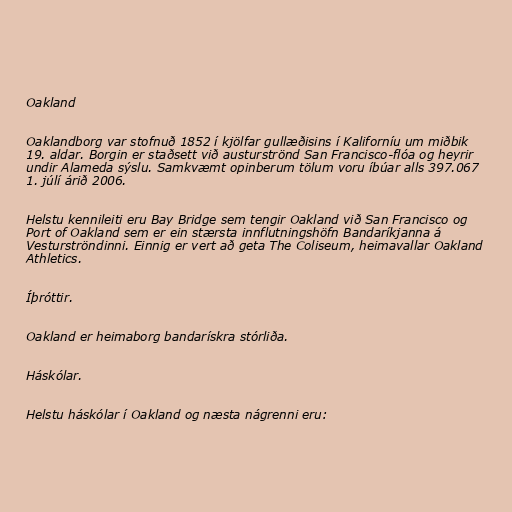
Oakland

Oaklandborg var stofnuð 1852 í kjölfar gullæðisins í Kaliforníu um miðbik
19. aldar. Borgin er staðsett við austurströnd San Francisco-flóa og heyrir
undir Alameda sýslu. Samkvæmt opinberum tölum voru íbúar alls 397.067
1. júlí árið 2006.

Helstu kennileiti eru Bay Bridge sem tengir Oakland við San Francisco og
Port of Oakland sem er ein stærsta innflutningshöfn Bandaríkjanna á
Vesturströndinni. Einnig er vert að geta The Coliseum, heimavallar Oakland
Athletics.

Íþróttir.

Oakland er heimaborg bandarískra stórliða.

Háskólar.

Helstu háskólar í Oakland og næsta nágrenni eru: